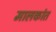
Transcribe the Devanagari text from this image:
मालकांत